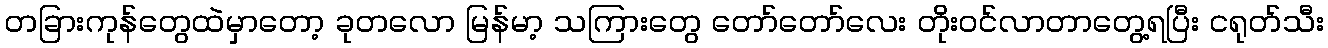
တခြားကုန်တွေထဲမှာတော့ ခုတလော မြန်မာ့ သကြားတွေ တော်တော်လေး တိုးဝင်လာတာတွေ့ရပြီး ငရုတ်သီး